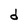
Character: d